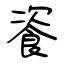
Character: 餈